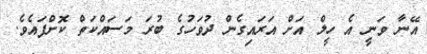
އޭނާ ވަނީ އެ ހީލް އަށް އަރައިގެން ދުވަހުގެ ބުރަ މަސައްކަތް ކޮށްފައެވެ.